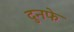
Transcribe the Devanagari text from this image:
दुनफे